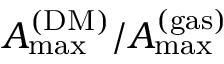
A _ { \mathrm { m a x } } ^ { \mathrm { ( D M ) } } / A _ { \mathrm { m a x } } ^ { \mathrm { ( g a s ) } }